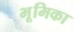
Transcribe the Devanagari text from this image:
भूूमिका